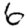
Digit: 6